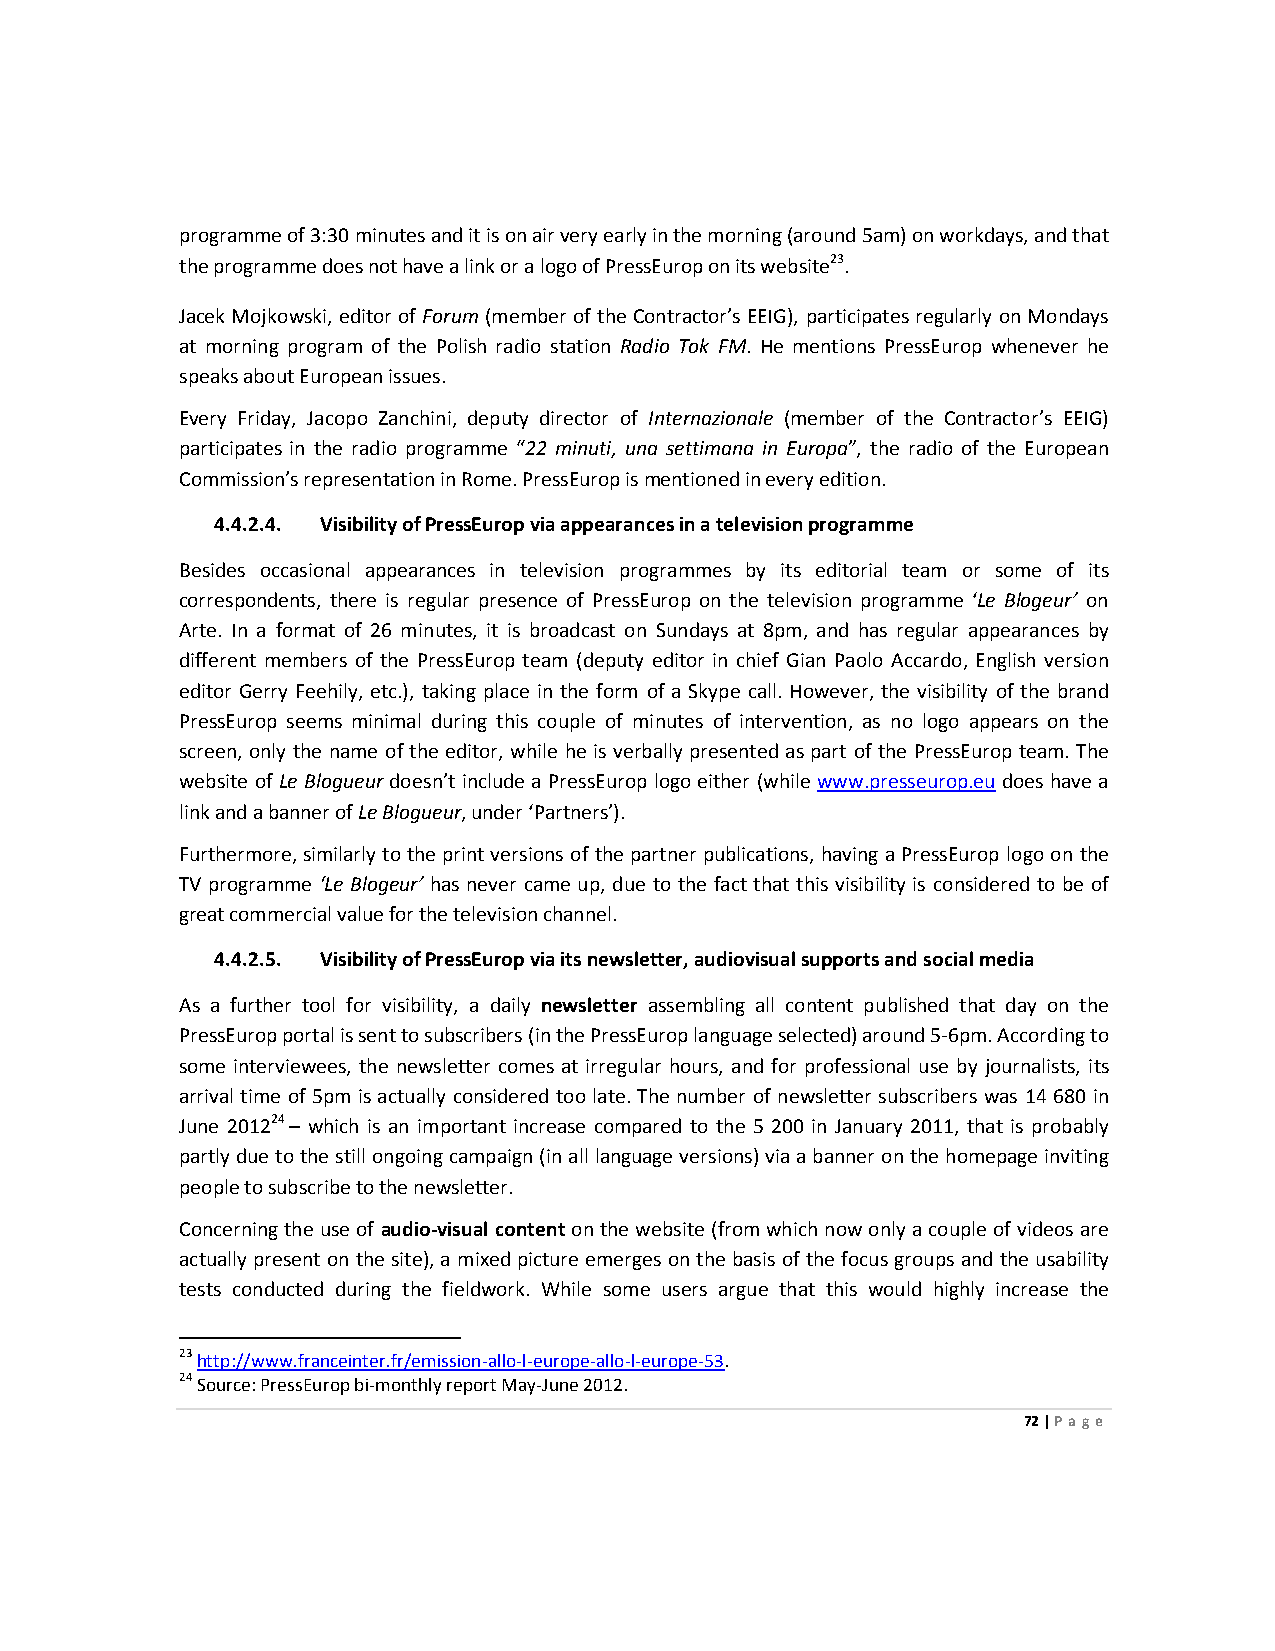
programme of 3:30 minutes and it is on air very early in the morning (around 5am) on workdays, and that
 the programme does not have a link or a logo of PressEurop on its website23.
 Jacek Mojkowski, editor of Forum (member of the Contractor’s EEIG), participates regularly on Mondays
 at morning program of the Polish radio station Radio Tok FM. He mentions PressEurop whenever he
 speaks about European issues.
 Every Friday, Jacopo Zanchini, deputy director of Internazionale (member of the Contractor’s EEIG)
 participates in the radio programme “22 minuti, una settimana in Europa”, the radio of the European
 Commission’s representation in Rome. PressEurop is mentioned in every edition.
 4.4.2.4. Visibility of PressEurop via appearances in a television programme
 Besides occasional appearances in television programmes by its editorial team or some of its
 correspondents, there is regular presence of PressEurop on the television programme ‘Le Blogeur’ on
 Arte. In a format of 26 minutes, it is broadcast on Sundays at 8pm, and has regular appearances by
 different members of the PressEurop team (deputy editor in chief Gian Paolo Accardo, English version
 editor Gerry Feehily, etc.), taking place in the form of a Skype call. However, the visibility of the brand
 PressEurop seems minimal during this couple of minutes of intervention, as no logo appears on the
 screen, only the name of the editor, while he is verbally presented as part of the PressEurop team. The
 website of Le Blogueur doesn’t include a PressEurop logo either (while www.presseurop.eu does have a
 link and a banner of Le Blogueur, under ‘Partners’).
 Furthermore, similarly to the print versions of the partner publications, having a PressEurop logo on the
 TV programme ‘Le Blogeur’ has never came up, due to the fact that this visibility is considered to be of
 great commercial value for the television channel.
 4.4.2.5. Visibility of PressEurop via its newsletter, audiovisual supports and social media
 As a further tool for visibility, a daily newsletter assembling all content published that day on the
 PressEurop portal is sent to subscribers (in the PressEurop language selected) around 5-6pm. According to
 some interviewees, the newsletter comes at irregular hours, and for professional use by journalists, its
 arrival time of 5pm is actually considered too late. The number of newsletter subscribers was 14 680 in
 June 201224 – which is an important increase compared to the 5 200 in January 2011, that is probably
 partly due to the still ongoing campaign (in all language versions) via a banner on the homepage inviting
 people to subscribe to the newsletter.
 Concerning the use of audio-visual content on the website (from which now only a couple of videos are
 actually present on the site), a mixed picture emerges on the basis of the focus groups and the usability
 tests conducted during the fieldwork. While some users argue that this would highly increase the
 23 http://www.franceinter.fr/emission-allo-l-europe-allo-l-europe-53.
 24 Source: PressEurop bi-monthly report May-June 2012.
 72 | Page